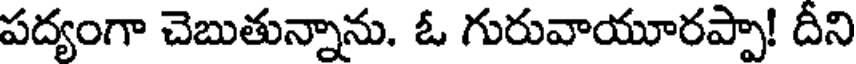
పద్యంగా చెబుతున్నాను. ఓ గురువాయూరప్పా! దీని